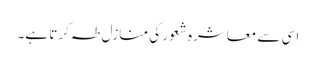
اسی سے معاشرہ شعور کی منازل طہ کرتا ہے۔